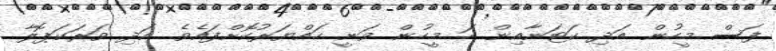
ފަސް މީހުން އަދި ކަޓަނާއިން ހަ މީހުން ވަނީ ހައްޔަރުކޮށްފައެވެ. އަދި ވަރަކަޕޮލާ